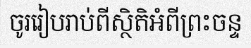
ចូររៀបរាប់ពីស្ថិតិអំពីព្រះចន្ទ